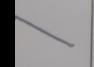
Signature authenticity: forged